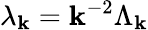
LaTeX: \lambda_{\mathbf{k}}=\mathbf{k}^{-2}\Lambda_{\mathbf{k}}